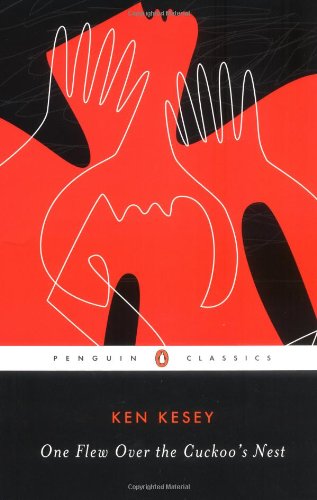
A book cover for One Flew Over the Cuckoo's Nest; Ken Kesey; Business & Money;